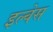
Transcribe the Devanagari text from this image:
इल्वेस